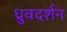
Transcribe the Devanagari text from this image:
ध्रुवदर्शन